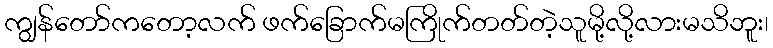
ကျွန်တော်ကတော့လက် ဖက်ခြောက်မကြိုက်တတ်တဲ့သူမို့လို့လားမသိဘူး၊